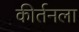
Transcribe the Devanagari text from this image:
कीर्तनला